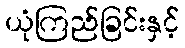
ယုံကြည်ခြင်းနှင့်